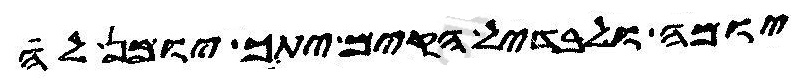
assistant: יומה לבדיל הקים יתך יומן לה